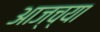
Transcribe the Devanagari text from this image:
आज्च्या